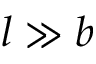
l \gg b